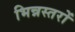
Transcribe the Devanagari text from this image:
भिन्नस्तरों